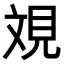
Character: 𣁐